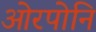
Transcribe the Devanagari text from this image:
ओरपोनि